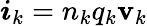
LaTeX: \boldsymbol{i}_{k}=n_{k}q_{k}\boldsymbol{\mathbf{v}}_{k}